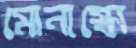
মোনাস্কো